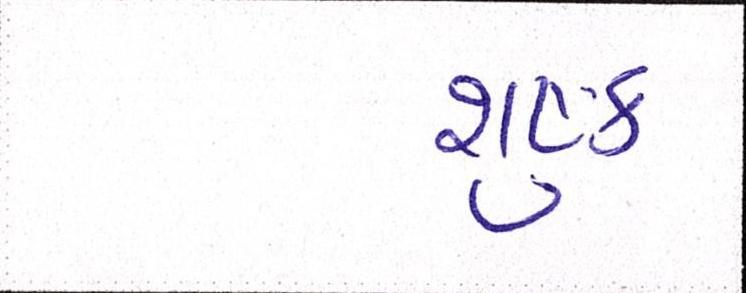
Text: શુષ્ક